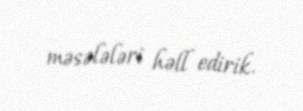
məsələləri həll edirik.